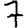
Digit: 7